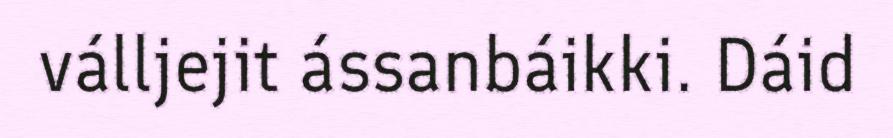
válljejit ássanbáikki. Dáid